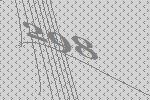
298